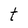
Character: t